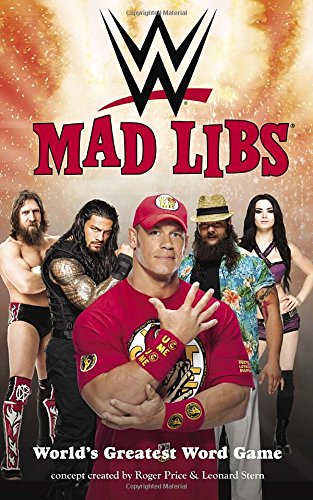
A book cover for WWE Mad Libs; Children's Books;